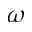
\omega